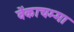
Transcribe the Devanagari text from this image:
वेंकाचम्मा